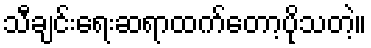
သီချင်းရေးဆရာထက်တော့ပိုသတဲ့။